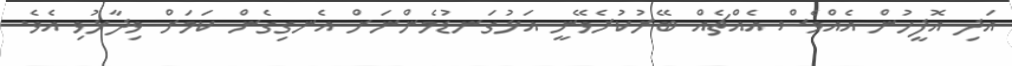
އަދި އޮފީހުން އެއްވެސް އެއްޗެއް ބޭރުކުރެވޭނީ އަޅުގަނޑުމެންނަށް އެނގިގެން ކަމަށް ވިދާޅުވި އެވެ.